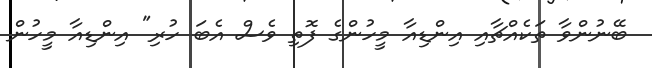
ބޭނުންވާ ތަކެއްޗާއި އިންޑިއާ މީހުންގެ ފޮތި ވެސް އެބަ ހުރި" އިންޑިއާ މީހުން